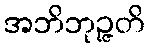
အဘိဘုဉ္ဇတိ